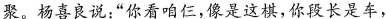
聚。杨喜良说:“你看咱仨，像是这棋，你段长是车，